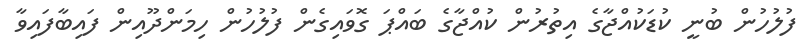
ފުލުހުން ބުނީ ކުޑަކުއްޖާގެ އިތުރުން ކުއްޖާގެ ބައްޕަ ގޮވައިގެން ފުލުހުން ހިމަންދޫއިން ފައިބާފައިވާ